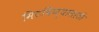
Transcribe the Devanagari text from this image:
मिटविण्यासाठी